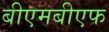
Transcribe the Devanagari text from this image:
बीएमबीएफ